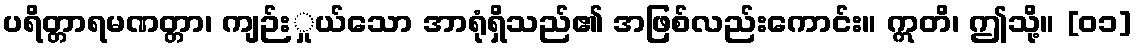
ပရိတ္တာရမဏတ္တာ၊ ကျဉ်းှုယ်သော အာရုံရှိသည်၏ အဖြစ်လည်းကောင်း။ ဣတိ၊ ဤသို့။ [၀၁]